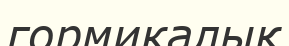
гормикалық